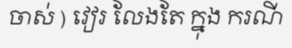
ចាស់ ) វៀរ លែងតែ ក្នុង ករណី